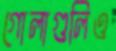
গোলাগুলিও